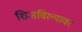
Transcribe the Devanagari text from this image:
शिजविल्यावर